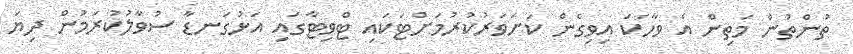
ތުންތުން މަތިން އެ ވާހަކަ އިވިގެން ކަށަވަރުކުރުމަށްޓަކައި ޓްވިޓާގައި އަޅުގަނޑާ ސުވާލުކުރަމުން ދިޔަ